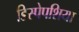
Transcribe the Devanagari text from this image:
डिस्पेपशिया